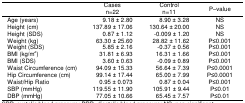
<table><thead><tr><td></td><td><b>Cases n=22</b></td><td><b>Control n=11</b></td><td><b>P–value</b></td></tr></thead><tbody><tr><td>Age (years)</td><td>9.18 ± 2.80</td><td>8.90 ± 3.28</td><td>NS</td></tr><tr><td>Height (cm)</td><td>137.89 ± 17.06</td><td>130.64 ± 20.00</td><td>NS</td></tr><tr><td>Height (SDS)</td><td>0.87 ± 1.12</td><td>-0.009 ± 1.20</td><td>NS</td></tr><tr><td>Weight (kg)</td><td>63.30 ± 25.60</td><td>28.82 ± 11.62</td><td>P≤0.001</td></tr><tr><td>Weight (SDS)</td><td>5.85 ± 2.16</td><td>-0.37 ± 0.56</td><td>P≤0.001</td></tr><tr><td>BMI (kg/m<sup>2</sup>)</td><td>31.81 ± 6.93</td><td>16.31 ± 1.66</td><td>P≤0.001</td></tr><tr><td>BMI (SDS)</td><td>3.60 ± 0.63</td><td>-0.09 ± 0.89</td><td>P≤0.001</td></tr><tr><td>Waist Circumference (cm)</td><td>94.09 ± 15.33</td><td>56.64 ± 7.39</td><td>P≤0.0001</td></tr><tr><td>Hip Circumference (cm)</td><td>99.14 ± 17.44</td><td>65.00 ± 7.99</td><td>P≤0.0001</td></tr><tr><td>Waist/Hip Ratio</td><td>0.95 ± 0.073</td><td>0.87 ± 0.04</td><td>P≤0.001</td></tr><tr><td>SBP (mmHg)</td><td>119.55 ± 11.90</td><td>105.91 ± 9.44</td><td>P≤0.01</td></tr><tr><td>DBP (mmHg)</td><td>77.05 ± 10.66</td><td>65.45 ± 7.57</td><td>P≤0.01</td></tr></tbody></table>